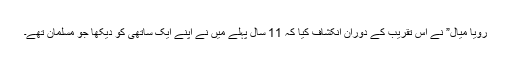
رویا میال” نے اس تقریب کے دوران انکشاف کیا کہ 11 سال پہلے میں نے اپنے ایک ساتھی کو دیکھا جو مسلمان تھے۔